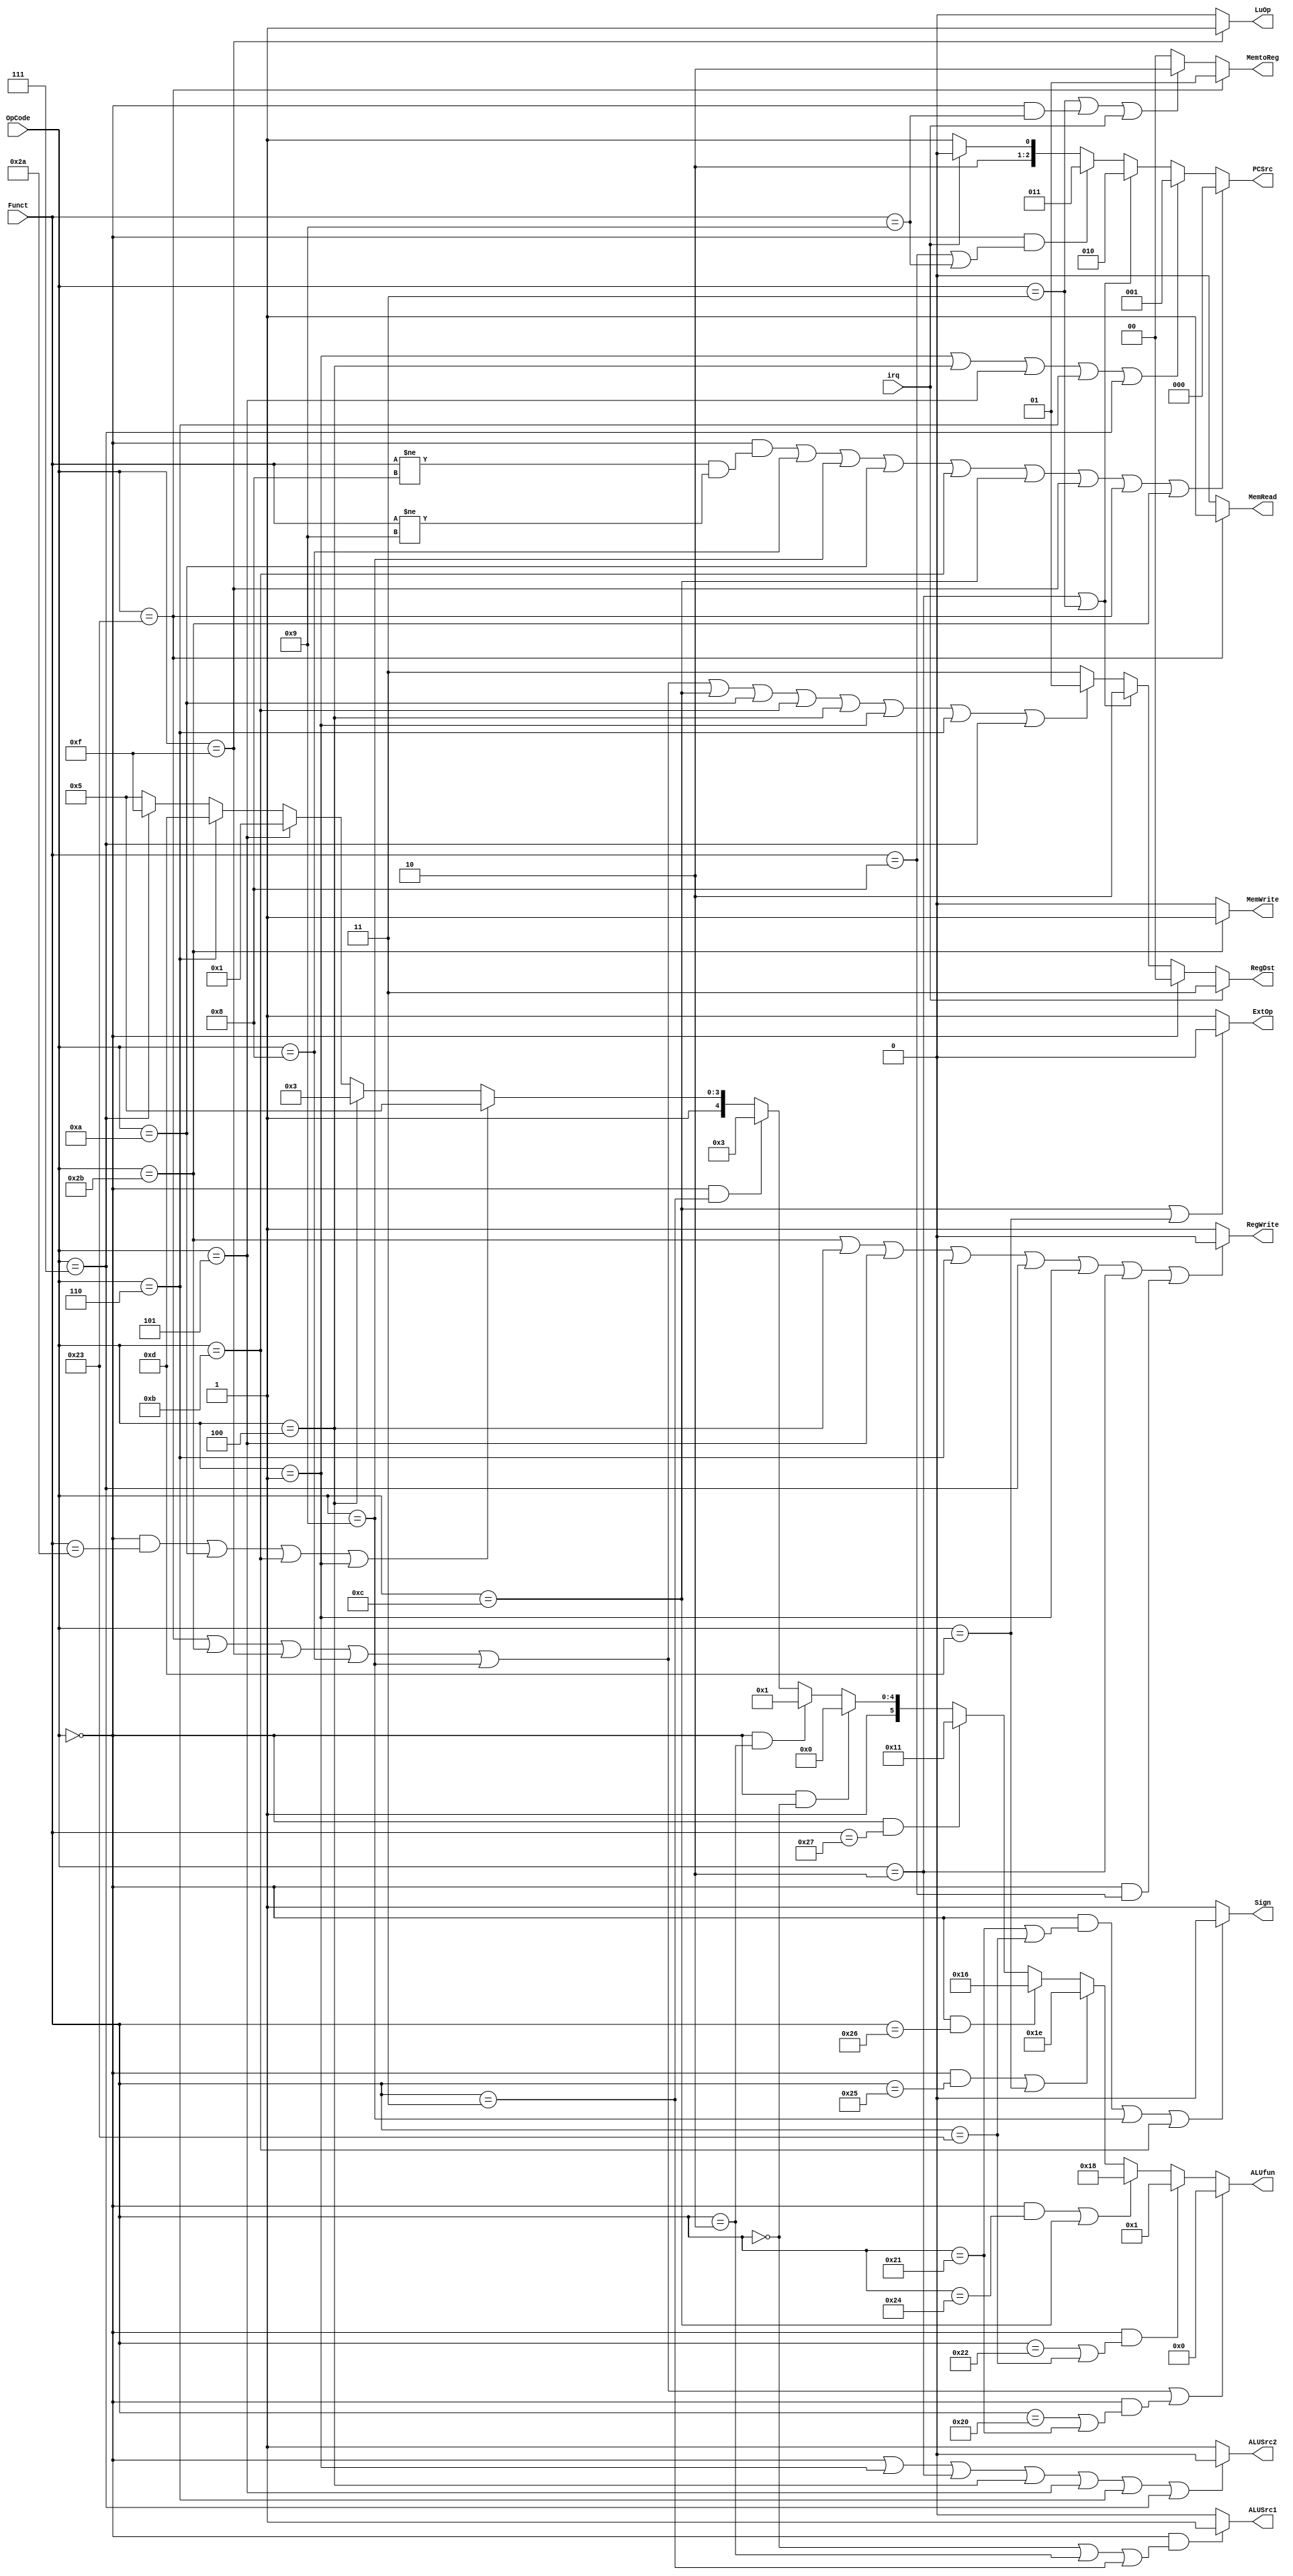
module Control(OpCode, Funct, irq, PCSrc, RegWrite, RegDst, MemRead, MemWrite, MemtoReg, ALUSrc1, ALUSrc2, ExtOp, LuOp, Sign, ALUfun);
	input [5:0] OpCode;
	input [5:0] Funct;
	input wire irq;
	output [2:0] PCSrc;
//	output Branch; //
	output RegWrite;
	output [1:0] RegDst;
	output MemRead;
	output MemWrite;
	output [1:0] MemtoReg;
	output ALUSrc1;
	output ALUSrc2;
	output ExtOp;
	output LuOp;
	output Sign;
	output [5:0] ALUfun;
	
	// Your code below
	assign PCSrc[2:0] =
	    ((OpCode ==6'h00 && (Funct != 6'h08 && Funct != 6'h09)) || OpCode == 6'h08 || OpCode == 6'h09 || OpCode == 6'h0a || OpCode == 6'h0b 
	       || OpCode == 6'h0c || OpCode == 6'h0f || OpCode ==6'h23 || OpCode == 6'h2b)? 3'd0:
	    (OpCode == 6'h01 || OpCode == 6'h04 || OpCode == 6'h05 || OpCode == 6'h06 || OpCode == 6'h07)?3'd1:
	    (OpCode == 6'h02 || OpCode ==6'h03)? 3'd2:
	    (OpCode == 6'h0 && (Funct == 6'h08 || Funct == 6'h09))? 3'd3:
	    irq? 3'd4:
	    3'd5;
       
    assign RegWrite =
        (OpCode == 6'h2b || OpCode == 6'h04 || OpCode == 6'h05 || OpCode == 6'h06 || OpCode == 6'h07 || OpCode == 6'h01 || OpCode == 6'h02 || (OpCode == 6'h0 && Funct == 6'h08))? 1'b0:
        1'b1;
    
    assign RegDst[1:0] =
        irq? 2'd3:
        (OpCode == 6'h0)? 2'd0:
        (OpCode == 6'h02 || OpCode == 6'h03)? 2'd2:
        (OpCode == 6'h23 || OpCode == 6'h2b || OpCode == 6'h0f || OpCode == 6'h08 || OpCode == 6'h09 || OpCode == 6'h0c || OpCode == 6'h0a || OpCode == 6'h0b 
            || OpCode == 6'h04 || OpCode == 6'h01 || OpCode == 6'h06 || OpCode == 6'h07)? 2'd1: //
        2'd3;
    
    assign MemRead =
        (OpCode == 6'h23)? 1'b1: 1'b0;
    
    assign MemWrite =
        (OpCode == 6'h2b)? 1'b1: 1'b0;
        
    assign MemtoReg =
        (OpCode == 6'h23)? 2'd1:
        (OpCode == 6'h03 || (OpCode ==6'h00 && Funct == 6'h09) || irq)? 2'd2:
        2'd0;
    
    assign ALUSrc1 =
        (OpCode == 6'h00 && (Funct == 6'h00 || Funct == 6'h02 || Funct == 6'h03))? 1'b1: 1'b0;
    
    assign ALUSrc2 =
        (OpCode == 6'h00 || OpCode == 6'h01 || OpCode == 6'h02 || OpCode == 6'h04 || OpCode == 6'h05 || OpCode == 6'h06 || OpCode == 6'h07)? 0:1; //OpCode == 6'h03 ||  no jal
    
    assign ExtOp =
        (OpCode == 6'h0c || OpCode == 6'h0d)? 1'b0: 1'b1; //ori
    
    assign LuOp =
        (OpCode == 6'h0f)? 1'b1: 1'b0;
        
    assign Sign =
        ((OpCode == 6'h00 && (Funct == 6'h21 || Funct == 6'h23)) || OpCode ==6'h09 || OpCode == 6'h0b)? 1'b0: 1'b1; //OpCode == 6'h08 ||  no addi

    assign ALUfun =
        (OpCode==6'h23 || OpCode==6'h2b || OpCode==6'h0f || OpCode==6'h08 || OpCode==6'h09 || (OpCode==6'h00 && (Funct==6'h20 || Funct==6'h21)))?6'b000000:
        (OpCode==6'h00 && (Funct==6'h22 || Funct==6'h23))?6'b000001:
        ((OpCode==6'h00 && Funct==6'h24)|| OpCode==6'h0c)?6'b011000:
        ((OpCode==6'h00 && Funct==6'h25) || OpCode==6'h0d)?6'b011110: //ori
        (OpCode==6'h00 && Funct==6'h26)?6'b010110:
        (OpCode==6'h00 && Funct==6'h27)?6'b010001:
        (OpCode==6'h00 && Funct==6'h00)?6'b100000:
        (OpCode==6'h00 && Funct==6'h02)?6'b100001:
        (OpCode==6'h00 && Funct==6'h03)?6'b100011:
        ((OpCode==6'h00 && Funct==6'h2a) || OpCode==6'h0a || OpCode==6'h0b ||OpCode==6'h01)?6'b110101://set less than = (A-B)<0
        (OpCode==6'h04)?6'b110011:
        (OpCode==6'h05)?6'b110001:
        (OpCode==6'h06)?6'b111101:
        (OpCode==6'h07)?6'b111111:
        6'b110101;
	
endmodule